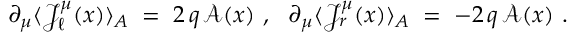
\partial _ { \mu } \langle { \mathcal J } _ { \ell } ^ { \mu } ( x ) \rangle _ { A } \; = \; 2 \, q \, { \mathcal A } ( x ) ~ , ~ ~ \partial _ { \mu } \langle { \mathcal J } _ { r } ^ { \mu } ( x ) \rangle _ { A } \; = \; - 2 \, q \, { \mathcal A } ( x ) ~ .